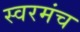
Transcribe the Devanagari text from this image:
स्वरमंच